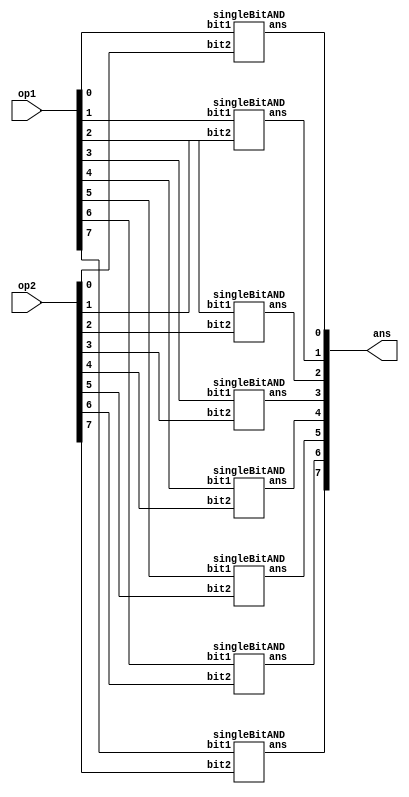
/*
    PereraALHE
    E16275
    lab5 part 1
    AND module
*/

module andModule(op1, op2, ans);
    //inputs will be 8bit op1 and op2 then ans will be the output 8bit wire
    input [7:0] op1, op2;
    output [7:0] ans;

    singleBitAND and0(op1[0], op2[0], ans[0]);
    singleBitAND and1(op1[1], op2[1], ans[1]);
    singleBitAND and2(op1[2], op2[2], ans[2]);
    singleBitAND and3(op1[3], op2[3], ans[3]);
    singleBitAND and4(op1[4], op2[4], ans[4]);
    singleBitAND and5(op1[5], op2[5], ans[5]);
    singleBitAND and6(op1[6], op2[6], ans[6]);
    singleBitAND and7(op1[7], op2[7], ans[7]);

endmodule

//-------------------------------------------------------------------------------
//Single Bit and Module
module singleBitAND(bit1, bit2, ans);
    input bit1, bit2;
    output reg ans;

    always @ (bit1, bit2)
    begin
        //And eeach two input bits and fetch to ans
        ans = bit1 & bit2;
    end
endmodule